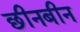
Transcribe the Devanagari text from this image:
छीनबीन